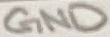
Text: GND